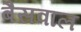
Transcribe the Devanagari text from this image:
बैसवाल